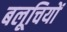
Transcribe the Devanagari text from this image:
बलूचियों